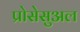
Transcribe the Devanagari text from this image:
प्रोसेसुअल